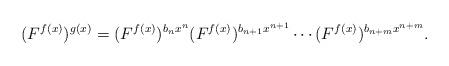
LaTeX: \begin{align*}(F^{f(x)})^{g(x)}=(F^{f(x)})^{b_n x^n} (F^{f(x)})^{b_{n+1} x^{n+1}}\cdots(F^{f(x)})^{b_{n+m} x^{n+m}}.\end{align*}